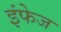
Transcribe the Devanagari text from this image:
इंफेज